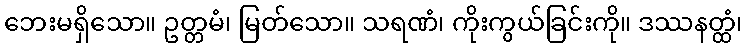
ဘေးမရှိသော။ ဥတ္တမံ၊ မြတ်သော။ သရဏံ၊ ကိုးကွယ်ခြင်းကို။ ဒဿနတ္ထံ၊